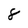
Character: 8